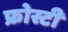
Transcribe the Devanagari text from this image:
फ्रोस्टी